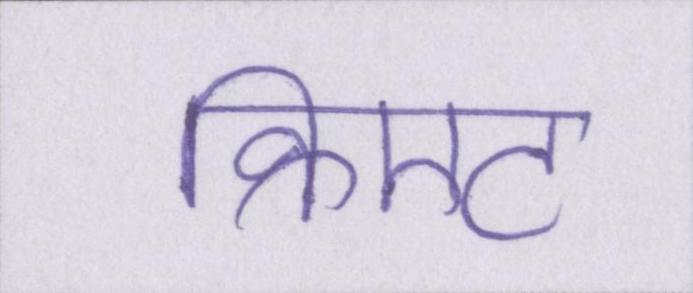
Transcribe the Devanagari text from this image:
क्रिएट